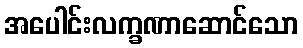
အပေါင်းလက္ခဏာဆောင်သော